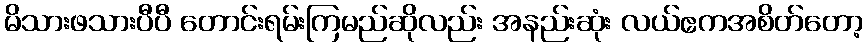
မိသားဖသားပီပီ တောင်းရမ်းကြမည်ဆိုလည်း အနည်းဆုံး လယ်ဧကအစိတ်တော့